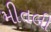
મીતલી